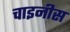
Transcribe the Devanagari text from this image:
चाइनीस